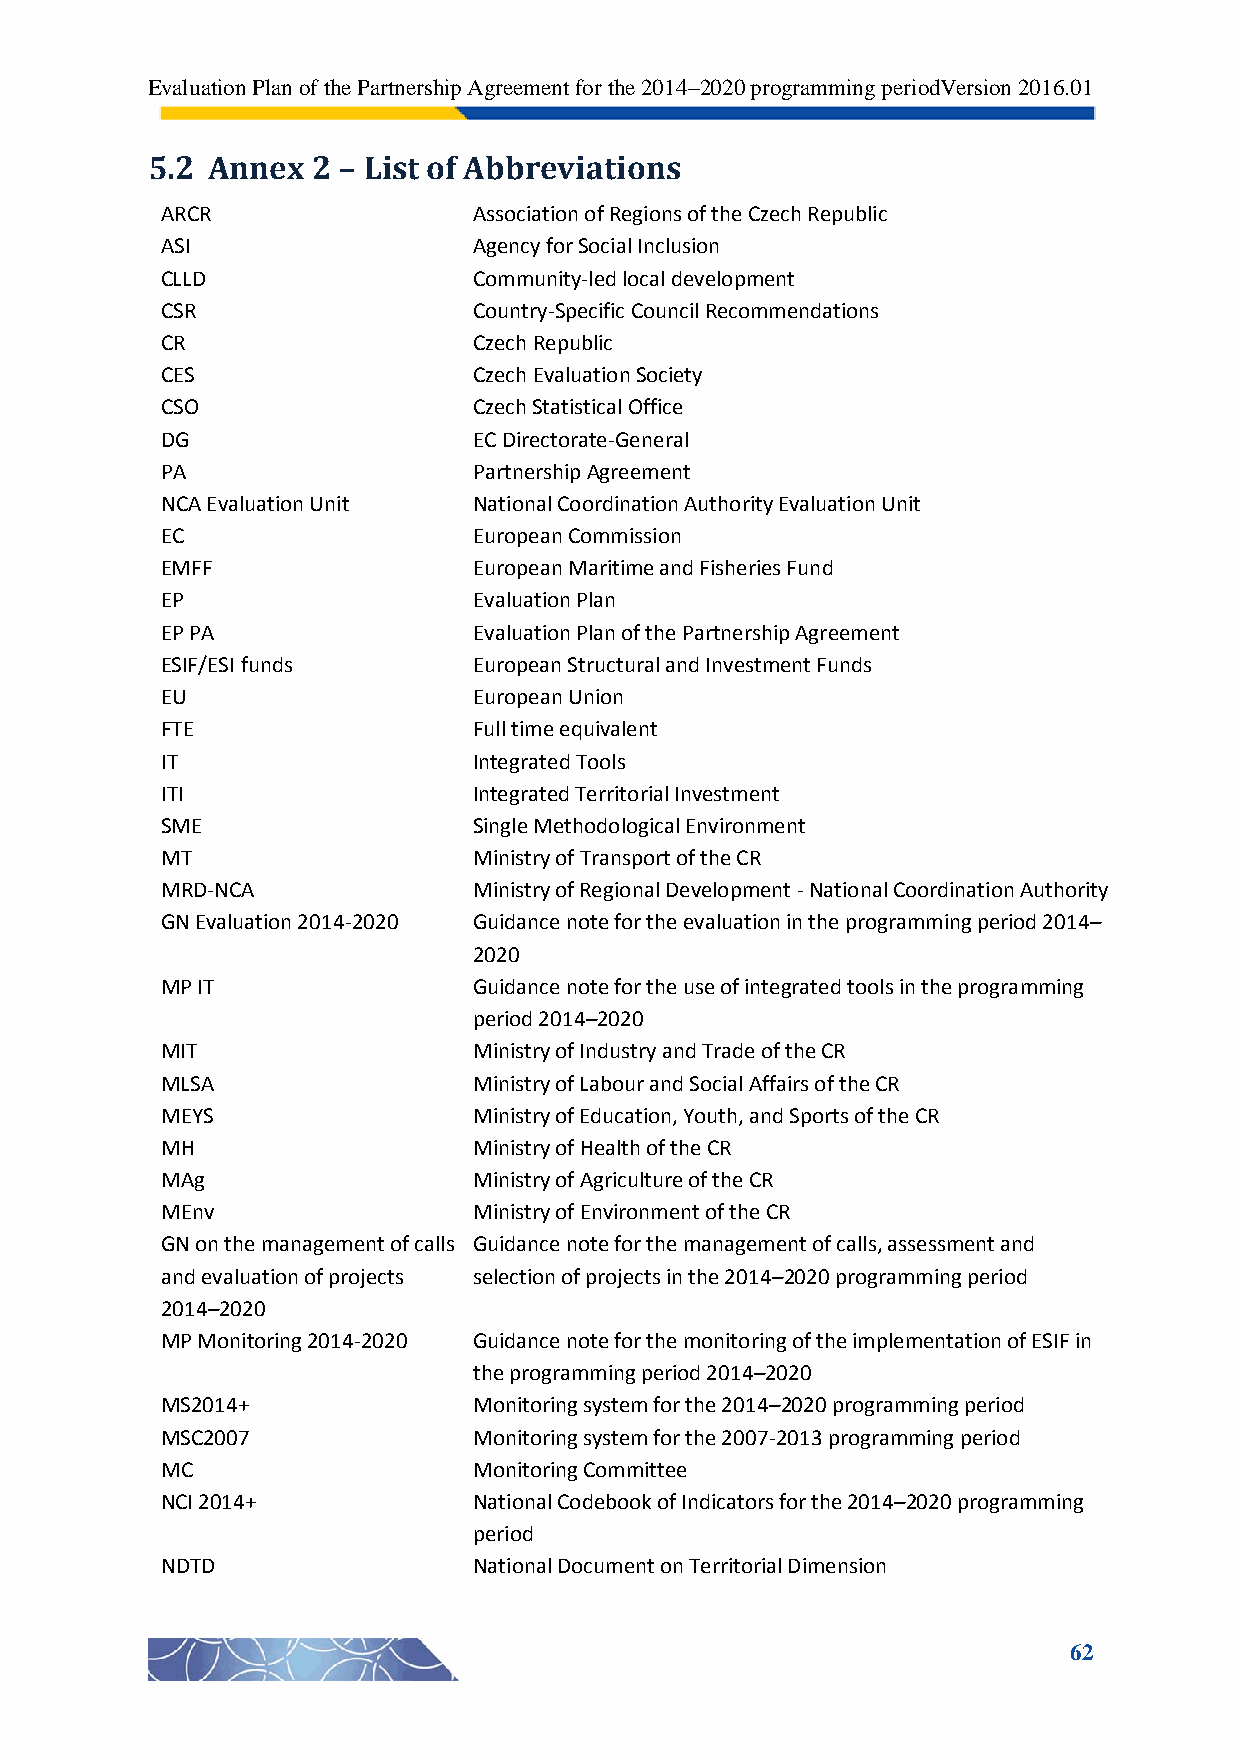
Evaluation Plan of the Partnership Agreement for the 2014–2020 programming periodVersion 2016.01
 5.2 Annex  2 – List of Abbreviations
 ARCR                Association of Regions of the Czech Republic
 ASI                 Agency for Social Inclusion
 CLLD                Community-led local development
 CSR                 Country-Specific Council Recommendations
 CR                  Czech Republic
 CES                 Czech Evaluation Society
 CSO                 Czech Statistical Office
 DG                  EC Directorate-General
 PA                  Partnership Agreement
 NCA Evaluation Unit National Coordination Authority Evaluation Unit
 EC                  European Commission
 EMFF                European Maritime and Fisheries Fund
 EP                  Evaluation Plan
 EP PA               Evaluation Plan of the Partnership Agreement
 ESIF/ESI funds      European Structural and Investment Funds
 EU                  European Union
 FTE                 Full time equivalent
 IT                  Integrated Tools
 ITI                 Integrated Territorial Investment
 SME                 Single Methodological Environment
 MT                  Ministry of Transport of the CR
 MRD-NCA             Ministry of Regional Development - National Coordination Authority
 GN Evaluation 2014-2020 Guidance note for the evaluation in the programming period 2014–
 2020
 MP IT               Guidance note for the use of integrated tools in the programming
 period 2014–2020
 MIT                 Ministry of Industry and Trade of the CR
 MLSA                Ministry of Labour and Social Affairs of the CR
 MEYS                Ministry of Education, Youth, and Sports of the CR
 MH                  Ministry of Health of the CR
 MAg                 Ministry of Agriculture of the CR
 MEnv                Ministry of Environment of the CR
 GN on the management of calls Guidance note for the management of calls, assessment and
 and evaluation of projects selection of projects in the 2014–2020 programming period
 2014–2020
 MP Monitoring 2014-2020 Guidance note for the monitoring of the implementation of ESIF in
 the programming period 2014–2020
 MS2014+             Monitoring system for the 2014–2020 programming period
 MSC2007             Monitoring system for the 2007-2013 programming period
 MC                  Monitoring Committee
 NCI 2014+           National Codebook of Indicators for the 2014–2020 programming
 period
 NDTD                National Document on Territorial Dimension
 62